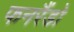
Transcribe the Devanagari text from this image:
फनरैंडो